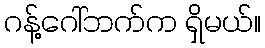
ဂန့်ဂေါ်ဘက်က ရှိမယ်။